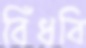
বিঁধবি